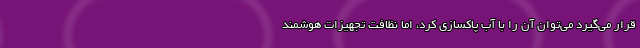
قرار می‌گیرد می‌توان آن را با آب پاکسازی کرد، اما نظافت تجهیزات هوشمند